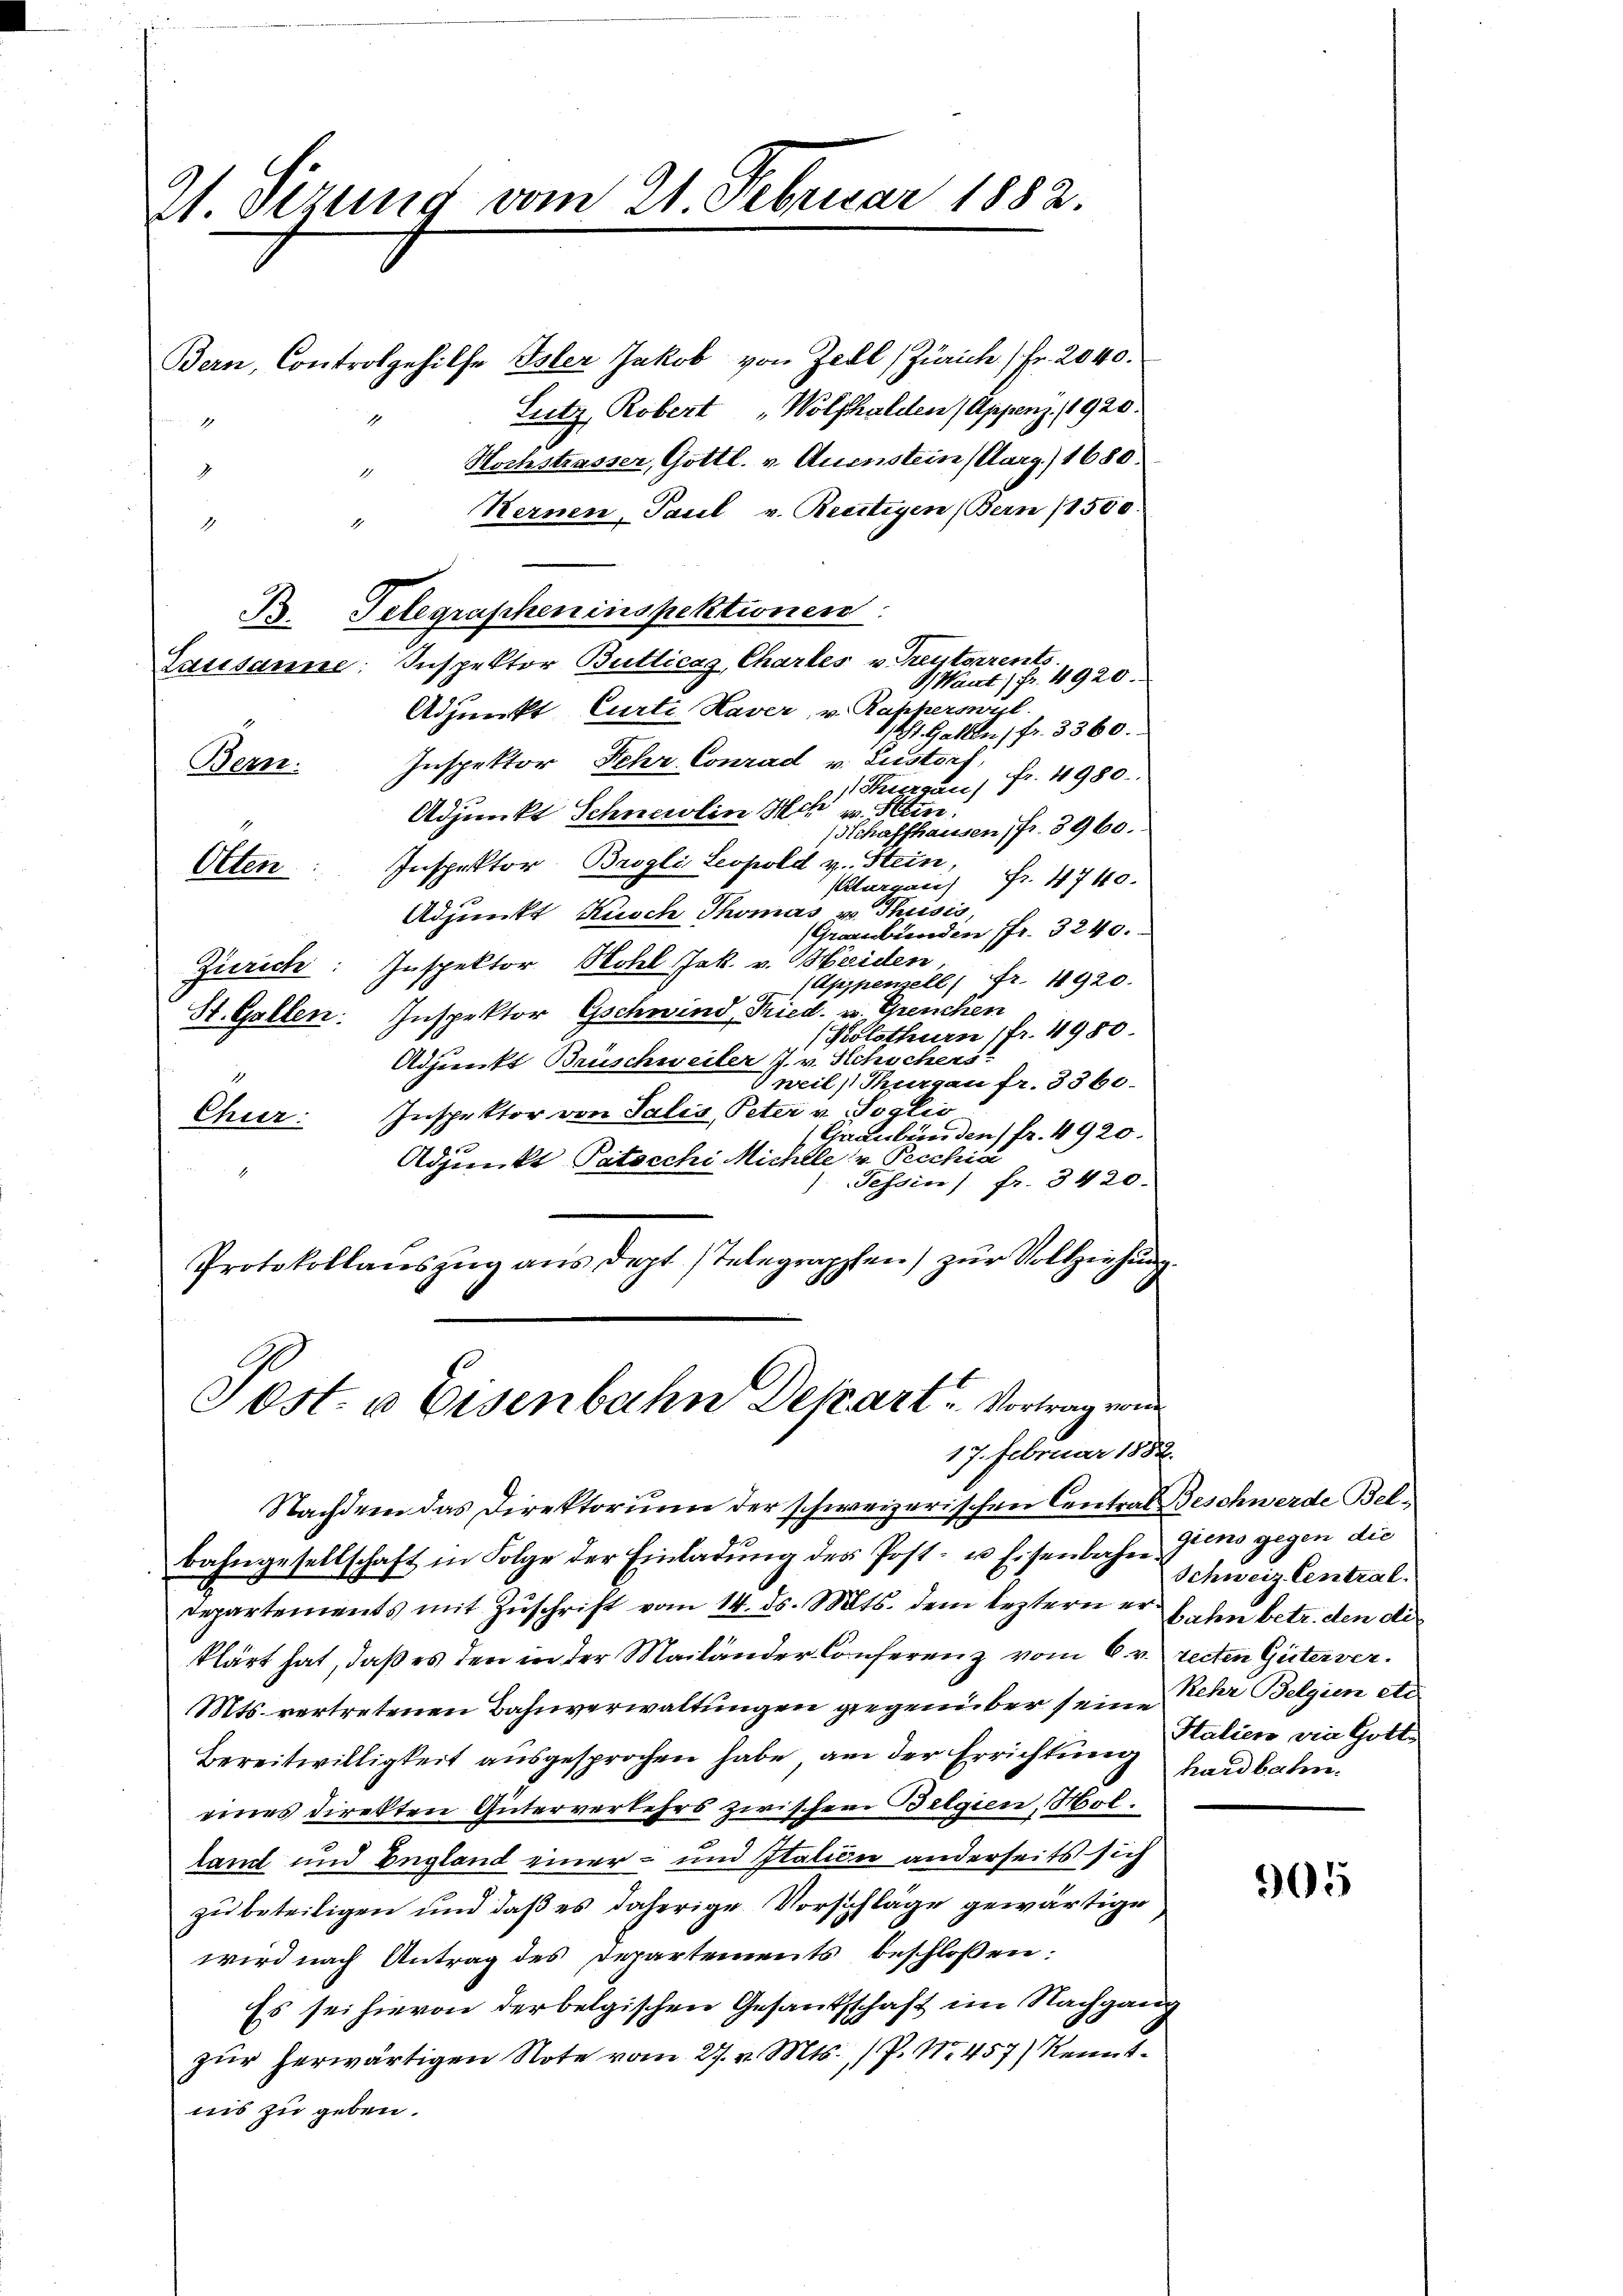
9t. Sizung vom 21. Februar 1882.

1

Bern, Controlgehilfe Isler Jakob von Zell (Zürich Fr. 2040.
Lutz, Robert „Wolfhalden, Appenz. 1920.
Hochstrasser, Gottl. v. Quenstein (Aarg. 1680.
2
Kernen Paul v. Rechtigen (Bern (1550.
1
1
Lausanne: Inspektor Bullicas Chartes v. Treuterrents
Haut, Fr. 4920.
Adjunkt, Curti Haver, v. Rapperswyl.
1/21. Gallen, fr. 3360.
Inspektor Fehr. Conrad v. Lustorf.
Bern.
fr. 4980.
 Thierau)
Adjunkt Schneelin Ich v. Hein
Schaffhausen Fr. 3960.
Inspektor Brogli, Leopold v. Stein, Fr. 4740.
Olten.
Thurgau)
Adjunkt Kusch Thomas v. Thusis,
Graubünden fr. 3240.
Zürich: Inspektor Notel Jak. v. Meiden
(Appenzell Fr. 4920.
St. Gallen. Inspektor Gschwind, Fried. v. Greuchen
Kolothurn (fr. 4980.
Adjunkt Brüschweiler J. v. Schochers
Ineil, Thurgau fr. 336.
Inspektor von Salis, Peter v. Soglio
Chur:
Graubünden fr. 4920.
f
Adjunkt Patocchi Michlle v Pecchia
4
Tessin fr. 3420.
Protokollaŭszŭg aŭs dept (Telegraphen) zŭr Vollziehung

B. Telegrapheninspektionen

Jost. u Eisenbahn Depart. Vortrag von
17. Februar 1852.

Nachdem das Direktorium der schweizerischen Central Beschwerde Bel¬
Bahngesellschaft in Folge der Einladŭng des Post- u Eisenbahn Zins gegen die
departements mit Zŭschrift vom 14. ds. Mts. dem leztern er h. ihn betr. den di
klärt hat, daß es den in der Mailänder Conferenz vom 6. v. recten Güterver¬
Mts. vertretenen Bahnverwaltungen gegenüber seine Behr Belgien obe
Bereitwilligkeit ausgesprochen habe, an der Errichtung hardbahneines Direkten Güterverkehrs zwischen Belgien, Molland und England einer- und Italien anderseits sich
zu beteiligen und daß es daherige Vorschläge gewärtige
wird nach Antrag des Departements beschlossen:
Es sei hievon der belgischen Gesandtschaft im Nachgang
zŭr herwärtigen Note vom 27. v. Mts. / P. Nr. 457) Kenntnis zu geben.

Schweiz. Central.
Italien die Gott

905